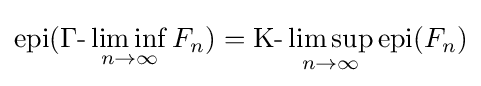
{\text{epi}}(\Gamma {\text{-}}\liminf _{n\to \infty }F_{n})={\text{K}}{\text{-}}\limsup _{n\to \infty }{\text{epi}}(F_{n})